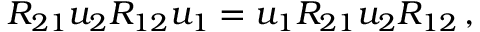
R _ { 2 1 } u _ { 2 } R _ { 1 2 } u _ { 1 } = u _ { 1 } R _ { 2 1 } u _ { 2 } R _ { 1 2 } \, ,